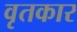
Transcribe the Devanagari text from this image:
वृतकार